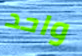
واحد